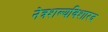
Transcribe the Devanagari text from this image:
नेत्रशल्यविशारद